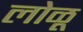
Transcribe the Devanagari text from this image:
लोळू